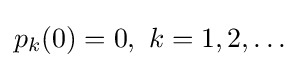
p_{k}(0)=0,\ k=1,2,\ldots